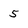
Character: 5